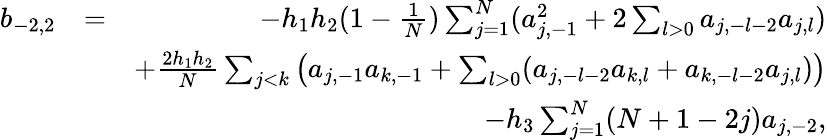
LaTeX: \begin{array}{rlr}{b_{-2,2}}&{=}&{-h_{1}h_{2}(1-\frac{1}{N})\sum_{j=1}^{N}(a_{j,-1}^{2}+2\sum_{l>0}a_{j,-l-2}a_{j,l})}\\ &{}&{+\frac{2h_{1}h_{2}}{N}\sum_{j<k}\left(a_{j,-1}a_{k,-1}+\sum_{l>0}(a_{j,-l-2}a_{k,l}+a_{k,-l-2}a_{j,l})\right)}\\ &{}&{-h_{3}\sum_{j=1}^{N}(N+1-2j)a_{j,-2},}\end{array}